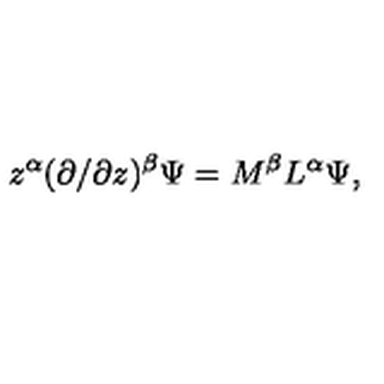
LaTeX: z ^ { \alpha } ( \partial / \partial z ) ^ { \beta } \Psi = M ^ { \beta } L ^ { \alpha } \Psi ,